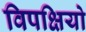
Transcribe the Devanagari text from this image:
विपक्षियो